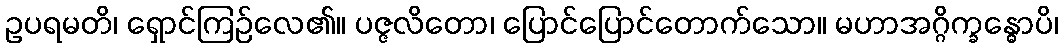
ဥပရမတိ၊ ရှောင်ကြဉ်လေ၏။ ပဇ္ဇလိတော၊ ပြောင်ပြောင်တောက်သော။ မဟာအဂ္ဂိက္ခန္ဓောပိ၊